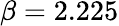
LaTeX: \beta=2.225